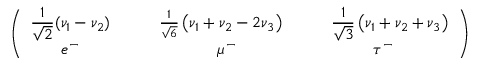
\left( \begin{array} { c c c } { { \displaystyle \frac { 1 } { \sqrt { 2 } } ( \nu _ { 1 } - \nu _ { 2 } ) \quad } } & { { \quad \frac { 1 } { \sqrt { 6 } } \left( \nu _ { 1 } + \nu _ { 2 } - 2 \nu _ { 3 } \right) \quad } } & { { \quad \displaystyle \frac { 1 } { \sqrt { 3 } } \left( \nu _ { 1 } + \nu _ { 2 } + \nu _ { 3 } \right) } } \\ { { e ^ { - } \quad } } & { { \quad \mu ^ { - } \: } } & { { \: \tau ^ { - } } } \end{array} \right)